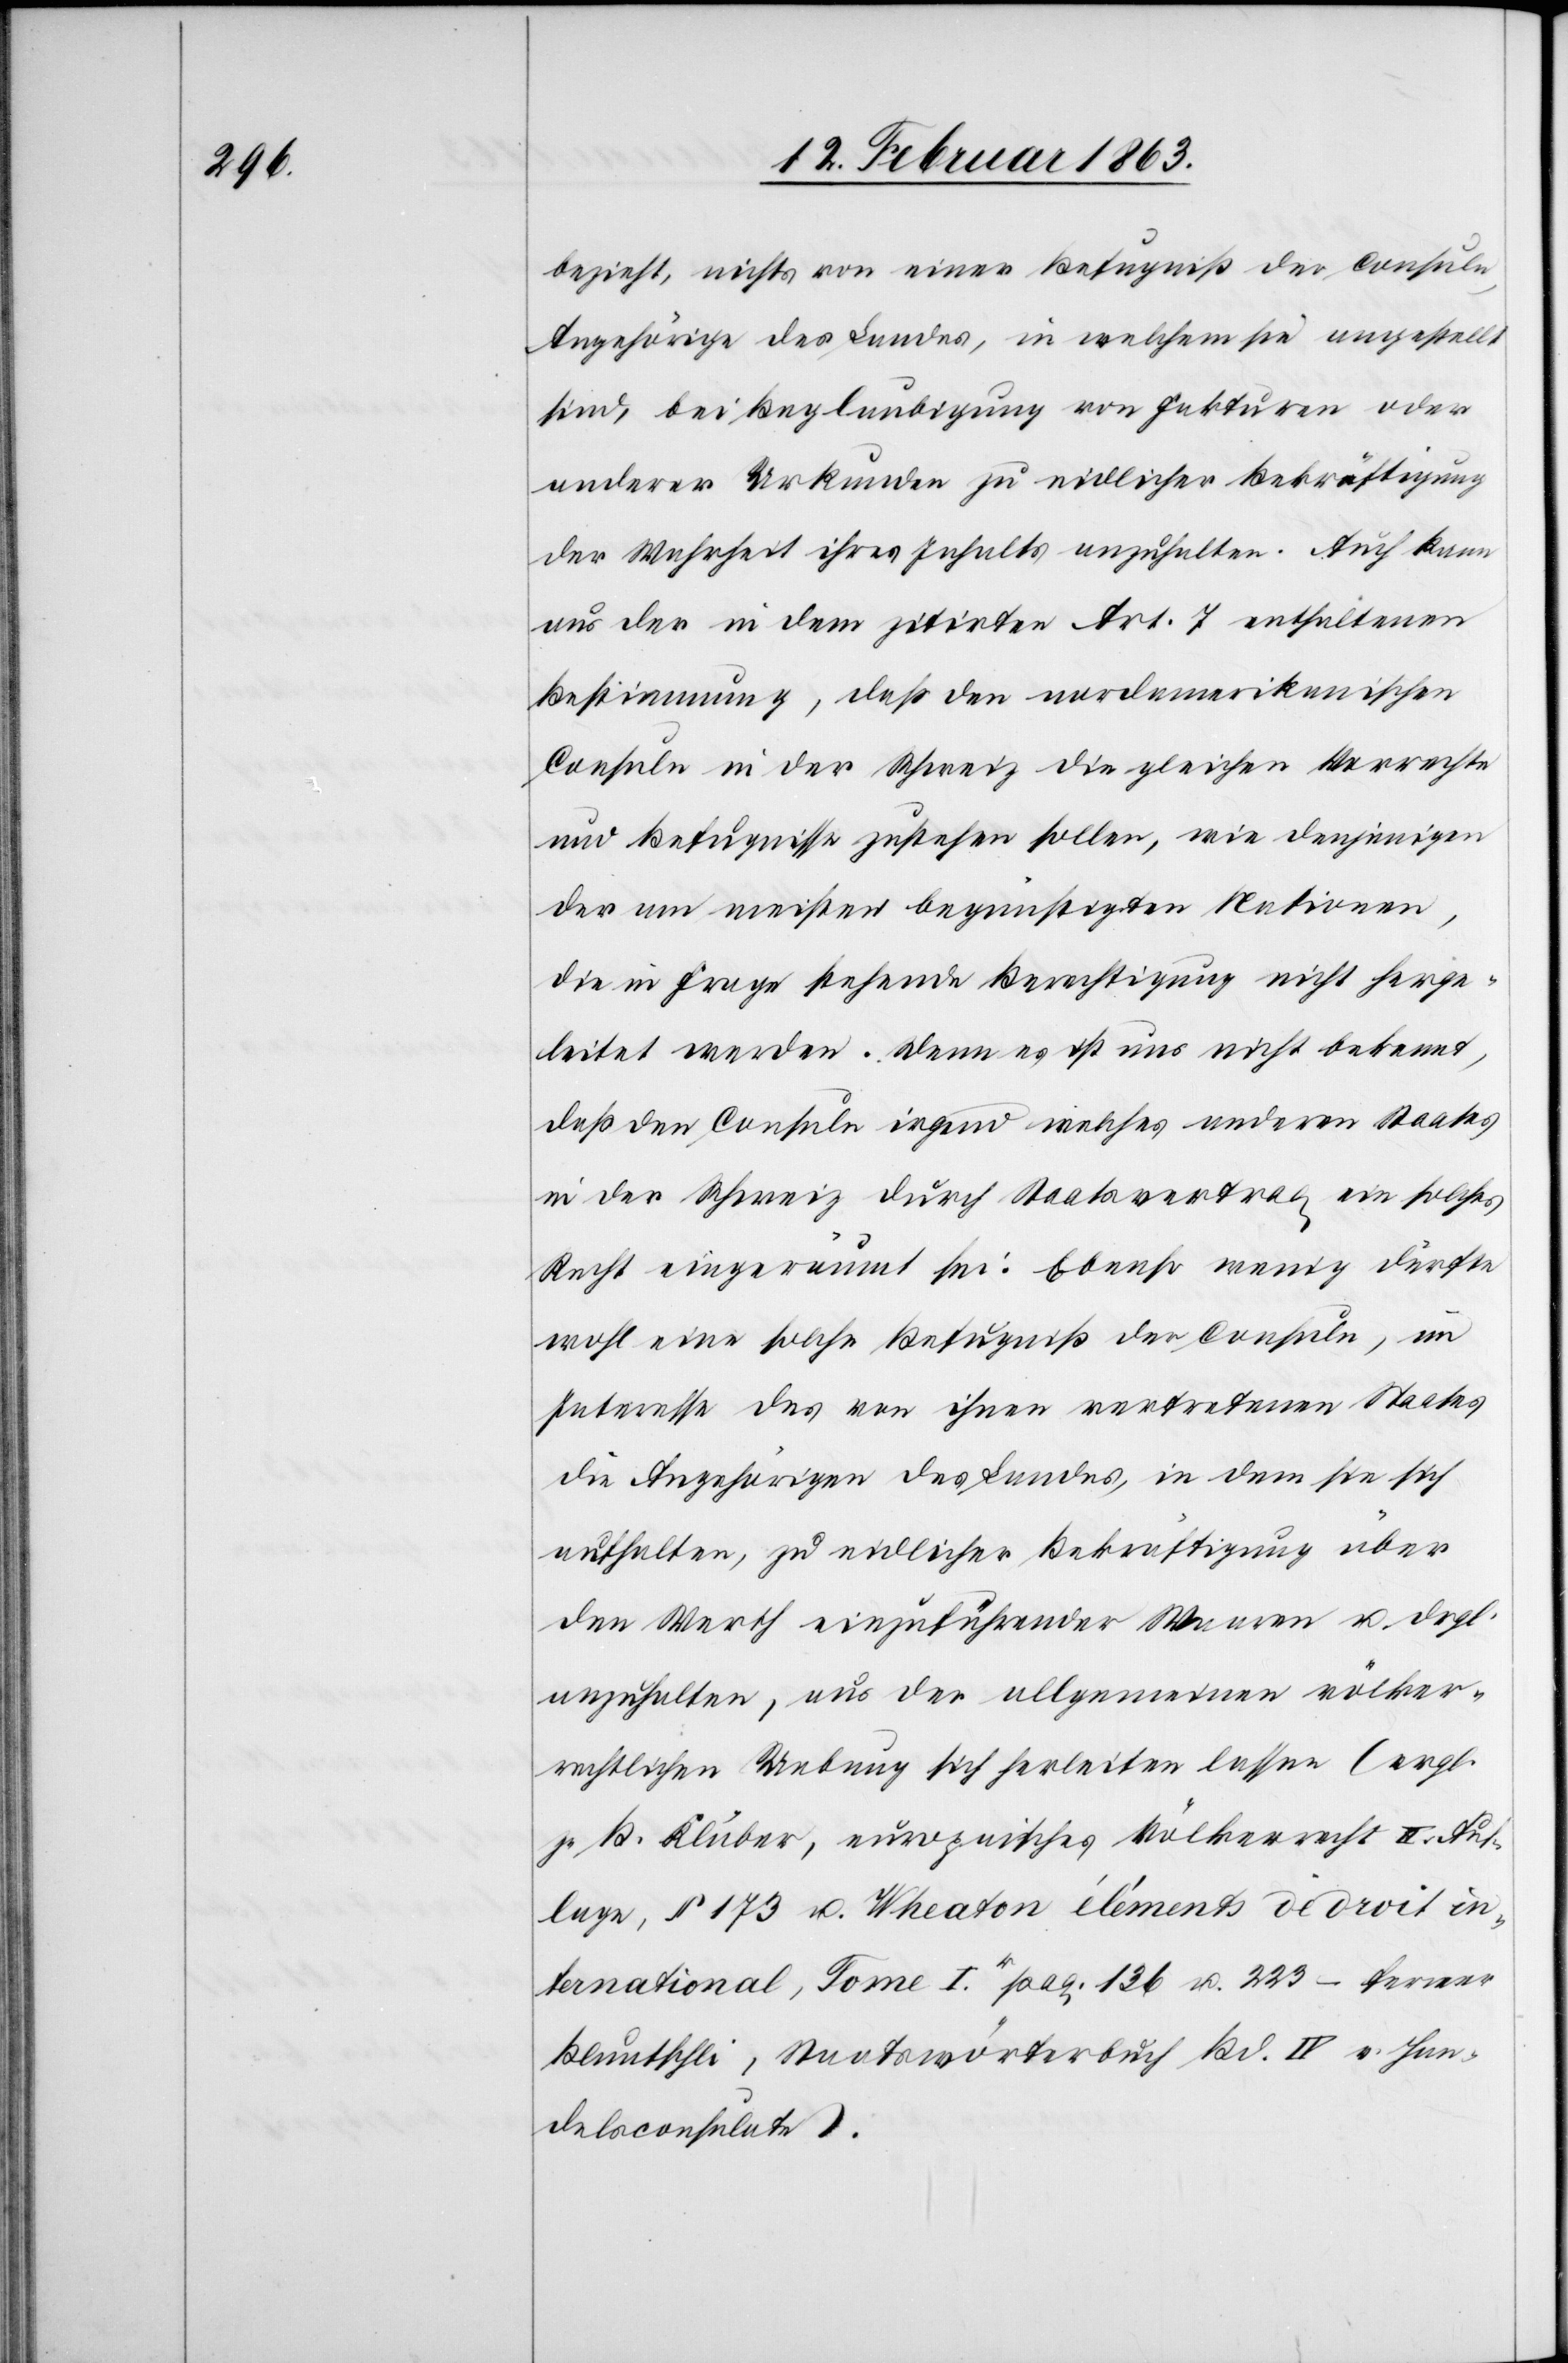
bezieht, nichts von einer Befugniß der Consuln,
Angehörige des Landes, in welchem sie angestellt
sind, bei Beglaubigung von Fakturen oder
anderer Urkunden zu eidlicher Bekräftigung
der Wahrheit ihres Inhalts anzuhalten. Auch kann
aus der in dem zitirten Art. 7 enthaltenen
Bestimmung, daß den nordamerikanischen
Consuln in der Schweiz die gleichen Vorrechte
und Befugnisse zustehen sollen, wie denjenigen
der am meisten begünstigten Nationen,
die in Frage stehende Berechtigung nicht herge¬
leitet werden. Denn es ist uns nicht bekannt,
daß den Consuln irgend welches anderen Staates
in der Schweiz durch Staatsvertrag ein solches
Recht eingeräumt sei. Ebenso wenig dürfte
wohl eine solche Befugniß der Consuln, im
Interesse des von ihnen vertretenen Staates
die Angehörigen des Landes, in dem sie sich
aufhalten, zu eidlicher Bekräftigung über
den Werth einzuführender Waaren u. drgl.
anzuhalten, aus der allgemeinen völker¬
rechtlichen Uebung sich herleiten lassen (vrgl.
z. B. Kluber, europaisches [sic!] Völkerrecht II. Auf¬
lage, § 173 u. Wheaton éléments de droit in¬
ternational, Tome Ir. pag. 136 u. 223 – ferner
Bluntschli, Staatswörterbuch Bd. IV v. Han¬
delsconsulate).